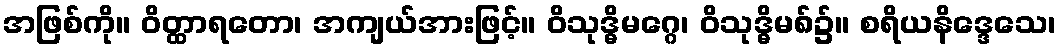
အဖြစ်ကို။ ဝိတ္ထာရတော၊ အကျယ်အားဖြင့်။ ဝိသုဒ္ဓိမဂ္ဂေ၊ ဝိသုဒ္ဓိမ၈်၌။ စရိယနိဒ္ဒေသေ၊